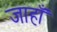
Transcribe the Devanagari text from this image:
जाहाँ